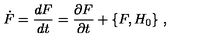
\dot { F } = \frac { d F } { d t } = \frac { \partial F } { \partial t } + \{ F , H _ { 0 } \} \ ,